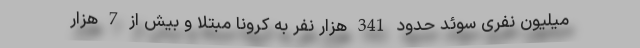
میلیون نفری سوئد حدود 341 هزار نفر به کرونا مبتلا و بیش از 7 هزار